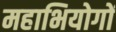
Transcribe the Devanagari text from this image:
महाभियोगों